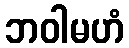
ဘဝါမဟံ